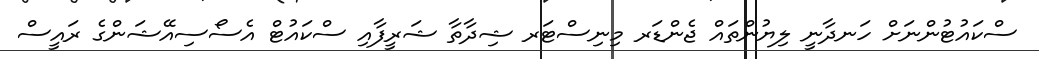
ސްކައުޓުންނަށް ހަނދާނީ ލިޔުންތައް ޖެންޑަރ މިނިސްޓަރ ޝިދާތާ ޝަރީފާއި ސްކައުޓް އެސޯސިއޭޝަންގެ ރައީސް